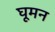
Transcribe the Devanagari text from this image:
घूमन